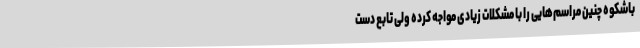
باشکوه چنین مراسم‌هایی را با مشکلات زیادی مواجه کرده ولی تابع دست